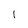
Character: l